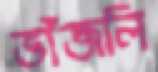
ভাঁজলি